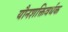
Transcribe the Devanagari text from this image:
यौनशक्तिवर्धक